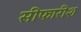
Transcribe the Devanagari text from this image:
सीफारीश